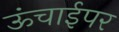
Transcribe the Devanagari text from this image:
ऊंचाईपर